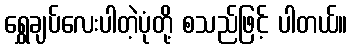
ရွှေချပ်လေးပါတဲ့ပုံတို့ စသည်ဖြင့် ပါတယ်။